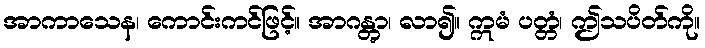
အာကာသေန၊ ကောင်းကင်ဖြင့်။ အာဂန္တွာ၊ လာ၍။ ဣမံ ပတ္တံ၊ ဤသပိတ်ကို။